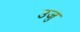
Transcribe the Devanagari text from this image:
उजु